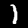
Label: 1